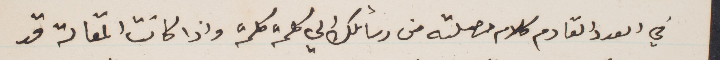
في العدد القادم كلام حصلته من رسائلك لي كلمة كلمة واذا كانت المقالة قد